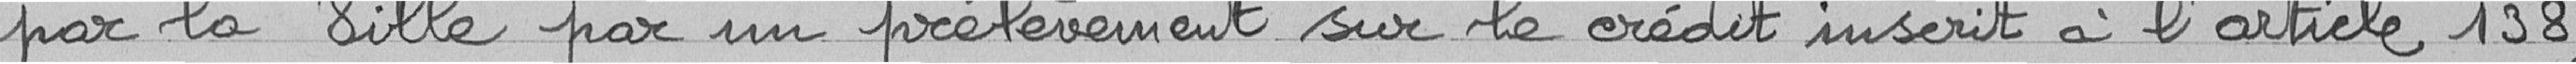
par la Ville par un prélèvement sur le crédit ouvert à l'article 138,